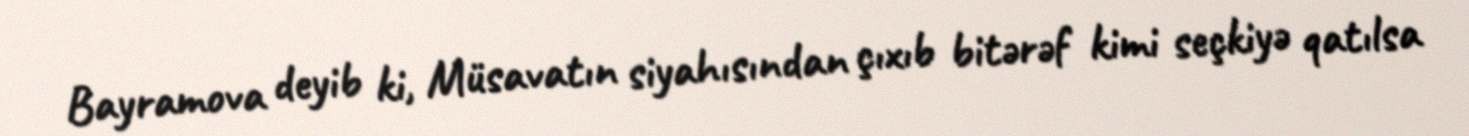
Bayramova deyib ki, Müsavatın siyahısından çıxıb bitərəf kimi seçkiyə qatılsa